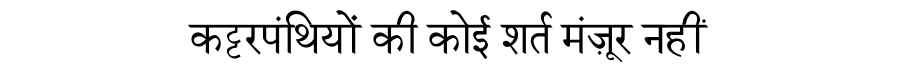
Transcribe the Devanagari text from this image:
कट्टरपंथियों की कोई शर्त मंज़ूर नहीं